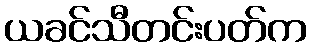
ယခင်သီတင်းပတ်က